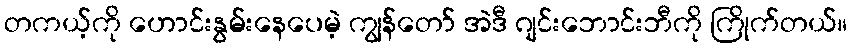
တကယ့်ကို ဟောင်းနွမ်းနေပေမဲ့ ကျွန်တော် အဲဒီ ဂျင်းဘောင်းဘီကို ကြိုက်တယ်။